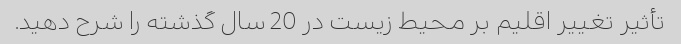
تأثیر تغییر اقلیم بر محیط زیست در 20 سال گذشته را شرح دهید.